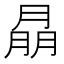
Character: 𦜳